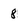
Character: 8